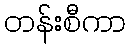
တန်းစီကာ